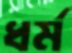
ধর্ম